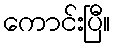
ကောင်းပြီ။